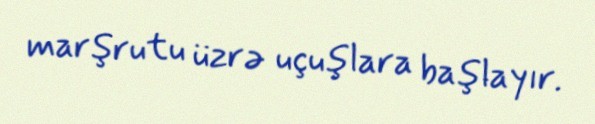
marşrutu üzrə uçuşlara başlayır.